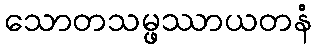
သောတသမ္ဖဿာယတနံ